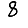
Digit: 8